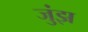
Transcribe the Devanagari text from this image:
जुंझ